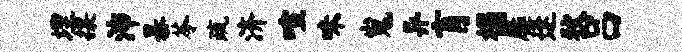
埋攘沛暴苓疏济喧味嵬异肓榻麋逢狄吕